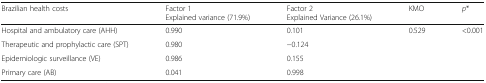
<table><thead><tr><td><b>Brazilian health costs</b></td><td><b>Factor 1Explained variance (71.9%)</b></td><td><b>Factor 2Explained Variance (26.1%)</b></td><td><b>KMO</b></td><td><b><i>p</i>*</b></td></tr></thead><tbody><tr><td>Hospital and ambulatory care (AHH)</td><td>0.990</td><td>0.101</td><td rowspan="4">0.529</td><td rowspan="4">&lt;0.001</td></tr><tr><td>Therapeutic and prophylactic care (SPT)</td><td>0.980</td><td>−0.124</td></tr><tr><td>Epidemiologic surveillance (VE)</td><td>0.986</td><td>0.155</td></tr><tr><td>Primary care (AB)</td><td>0.041</td><td>0.998</td></tr></tbody></table>